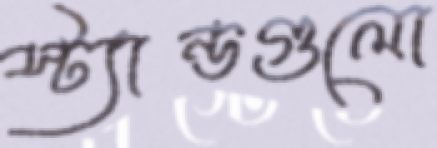
স্ট্যান্ডগুলো